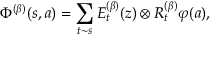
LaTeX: \Phi ^ { ( \beta ) } ( s , a ) = \sum _ { t \sim s } E _ { t } ^ { ( \beta ) } ( z ) \otimes R _ { t } ^ { ( \beta ) } \varphi ( a ) ,